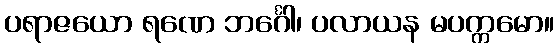
ပရာဇယော ရဏေ ဘင်္ဂေါ၊ ပလာယန မပက္ကမော။